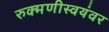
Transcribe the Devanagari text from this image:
रुक्मणीस्वयंवर